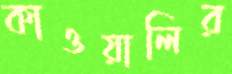
কাওয়ালির